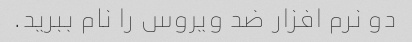
دو نرم افزار ضد ویروس را نام ببرید.